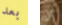
بعد ان